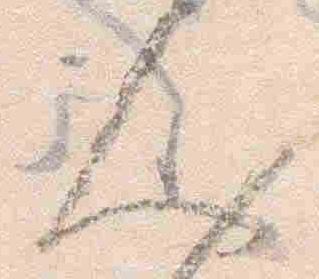
人